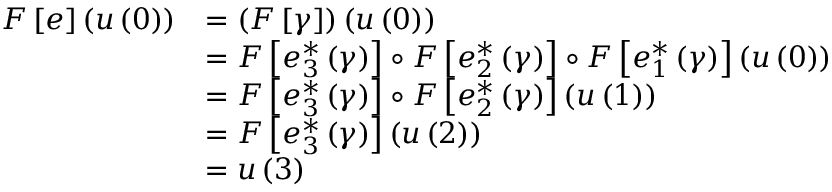
\begin{array} { r l } { F \left[ e \right] \left( u \left( 0 \right) \right) } & { = \left( F \left[ \gamma \right] \right) \left( u \left( 0 \right) \right) } \\ & { = F \left[ e _ { 3 } ^ { * } \left( \gamma \right) \right] \circ F \left[ e _ { 2 } ^ { * } \left( \gamma \right) \right] \circ F \left[ e _ { 1 } ^ { * } \left( \gamma \right) \right] \left( u \left( 0 \right) \right) } \\ & { = F \left[ e _ { 3 } ^ { * } \left( \gamma \right) \right] \circ F \left[ e _ { 2 } ^ { * } \left( \gamma \right) \right] \left( u \left( 1 \right) \right) } \\ & { = F \left[ e _ { 3 } ^ { * } \left( \gamma \right) \right] \left( u \left( 2 \right) \right) } \\ & { = u \left( 3 \right) } \end{array}